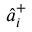
\hat { a } _ { i } ^ { + }